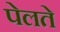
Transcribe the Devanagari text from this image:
पेलते